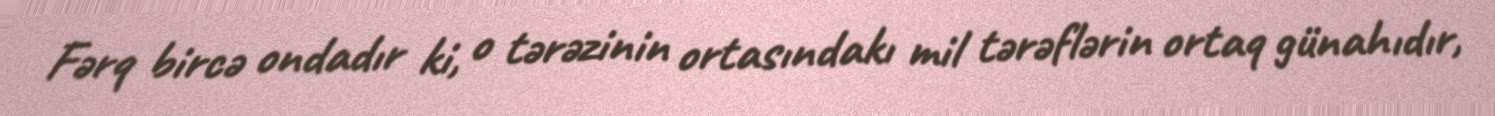
Fərq bircə ondadır ki, o tərəzinin ortasındakı mil tərəflərin ortaq günahıdır,